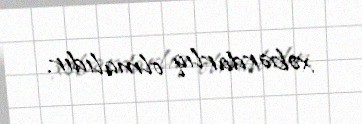
xəbərdarlıq olmalıdır.